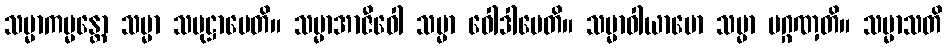
သမ္မာကမ္မန္တော သမ္မာ သမုဋ္ဌာပေတိ။ သမ္မာအာဇီဝေါ သမ္မာ ဝေါဒါပေတိ။ သမ္မာဝါယာမော သမ္မာ ပဂ္ဂဏှတိ။ သမ္မာသတိ